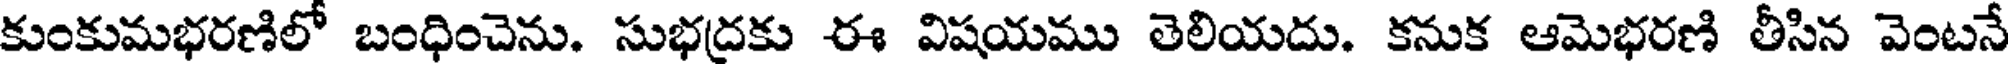
కుంకుమభరణిలో బంధించెను. సుభద్రకు ఈ విషయము తెలియదు. కనుక ఆమెభరణి తీసిన వెంటనే